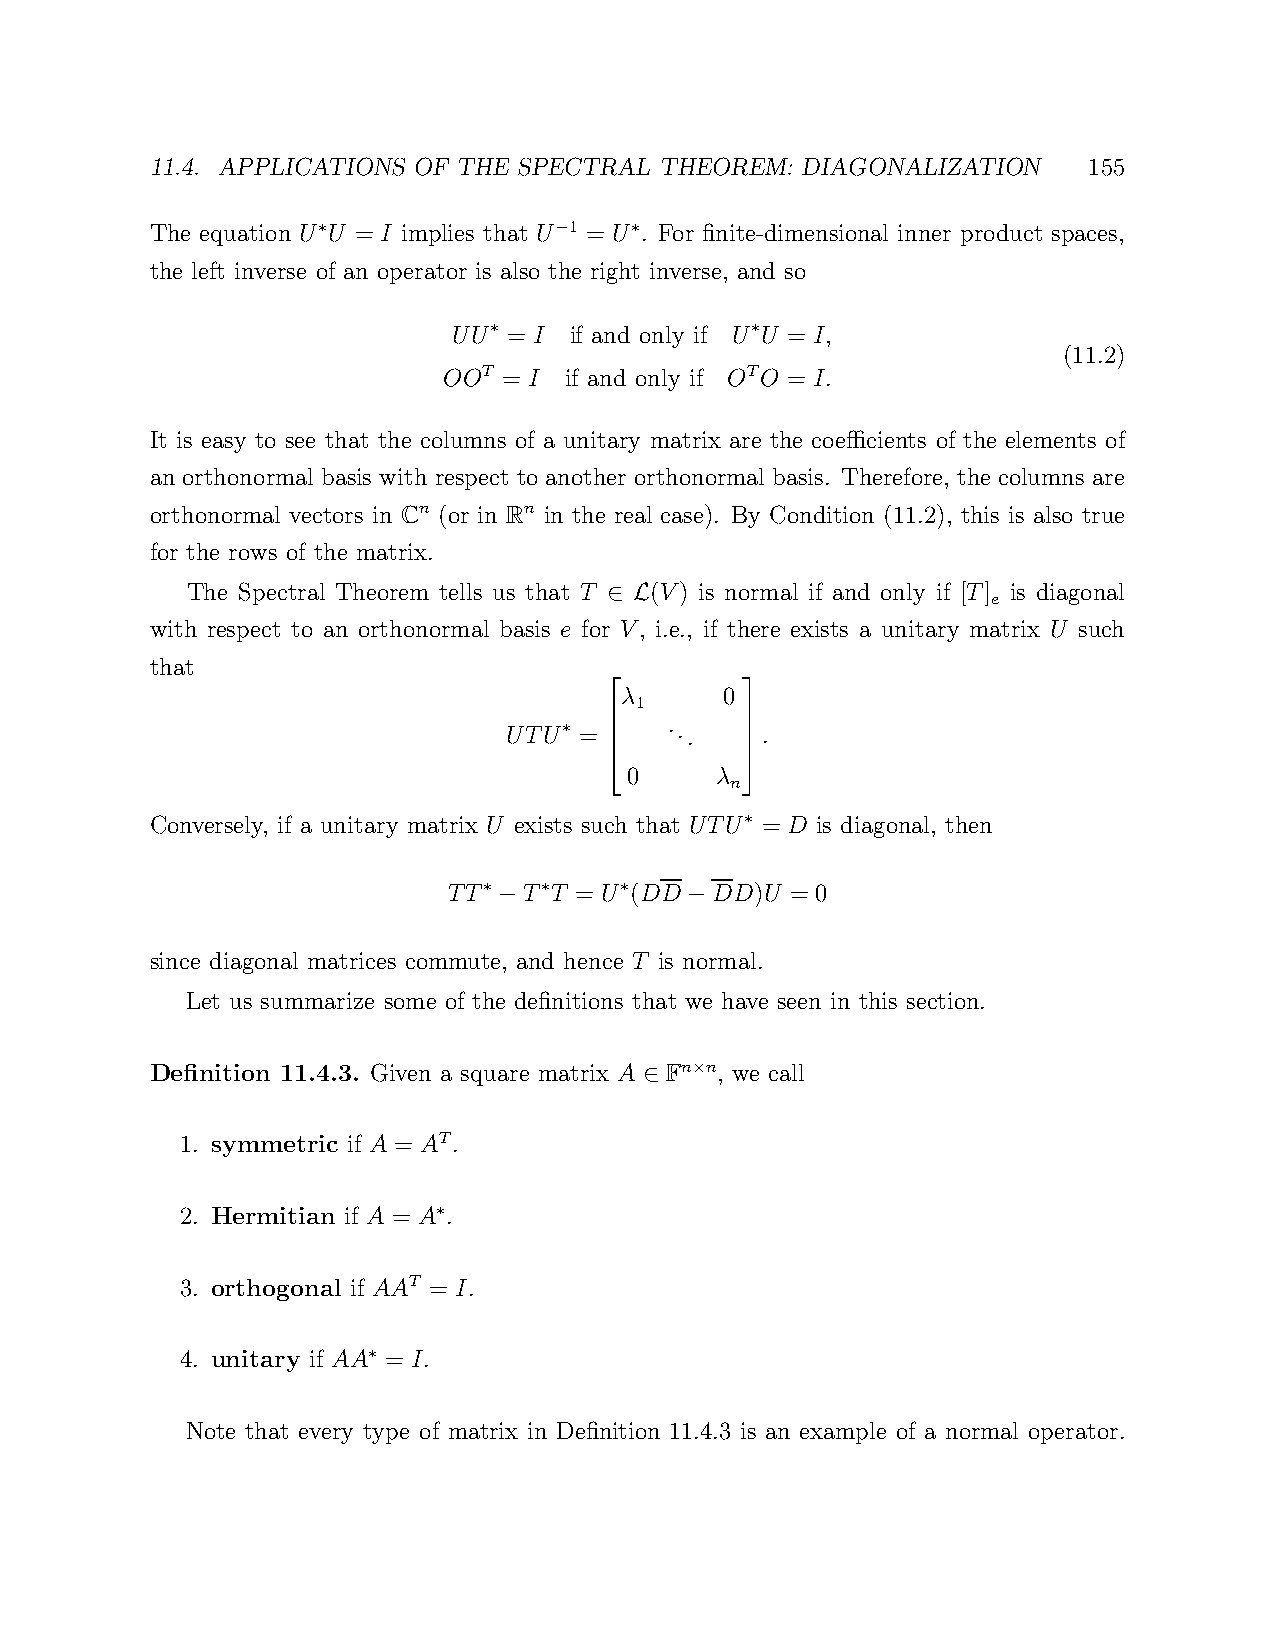
11.4. APPLICATIONS OF THE SPECTRAL THEOREM: DIAGONALIZATION   155
 The equation U U = I implies that U 1 = U . For finite-dimensional inner product spaces,
 ∗               −    ∗
 the left inverse of an operator is also the right inverse, and so
 UU  = I if and only if U U = I,
 ∗                 ∗
 (11.2)
 OOT = I if and only if OTO = I.
 It is easy to see that the columns of a unitary matrix are the coefficients of the elements of
 an orthonormal basis with respect to another orthonormal basis. Therefore, the columns are
 orthonormal vectors in Cn (or in Rn in the real case). By Condition (11.2), this is also true
 for the rows of the matrix.
 The Spectral Theorem tells us that T (V) is normal if and only if [T] is diagonal
 e
 ∈ L
 with respect to an orthonormal basis e for V, i.e., if there exists a unitary matrix U such
 that
 λ      0
 1
 UTU ∗ = 
 ...
 .
 0     λ n
         
         
 Conversely, if a unitary matrix U exists such that UTU = D is diagonal, then
 ∗
 TT   T T = U (DD DD)U = 0
 ∗   ∗    ∗
 −           −
 since diagonal matrices commute, and hence T is normal.
 Let us summarize some of the definitions that we have seen in this section.
 Definition 11.4.3. Given a square matrix A Fn n, we call
 ×
 ∈
 1. symmetric if A = AT.
 2. Hermitian if A = A .
 ∗
 3. orthogonal if AAT = I.
 4. unitary if AA = I.
 ∗
 Note that every type of matrix in Definition 11.4.3 is an example of a normal operator.